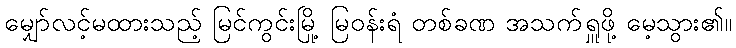
မျှော်လင့်မထားသည့် မြင်ကွင်းမြို့ မြဝန်းရံ တစ်ခဏ အသက်ရှူဖို့ မေ့သွား၏။